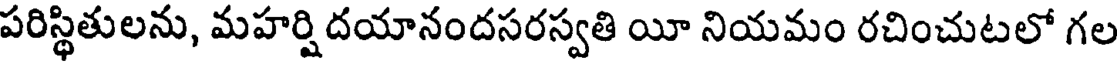
పరిస్థితులను, మహర్షిదయానందసరస్వతి యీ నియమం రచించుటలో గల